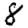
Digit: 8